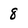
Character: 8